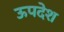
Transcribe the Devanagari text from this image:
ऊपदेश